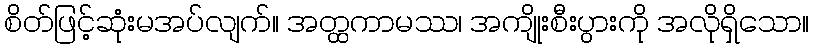
စိတ်ဖြင့်ဆုံးမအပ်လျက်။ အတ္ထကာမဿ၊ အကျိုးစီးပွားကို အလိုရှိသော။